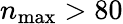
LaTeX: n_{\mathrm{max}}>80